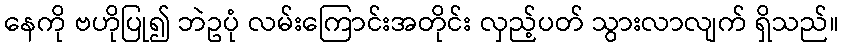
နေကို ဗဟိုပြု၍ ဘဲဥပုံ လမ်းကြောင်းအတိုင်း လှည့်ပတ် သွားလာလျက် ရှိသည်။